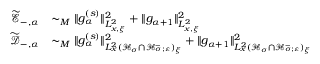
\begin{array} { r l } { \widetilde { \mathscr E } _ { - , \alpha } } & { \sim _ { M } \| g _ { \alpha } ^ { ( s ) } \| _ { L _ { x , \xi } ^ { 2 } } ^ { 2 } + \| g _ { \alpha + 1 } \| _ { L _ { x , \xi } ^ { 2 } } ^ { 2 } } \\ { \widetilde { \mathscr D } _ { - , \alpha } } & { \sim _ { M } \| g _ { \alpha } ^ { ( s ) } \| _ { L _ { x } ^ { 2 } ( \mathcal H _ { \sigma } \cap \mathcal H _ { \sigma ; \varepsilon } ^ { - } ) _ { \xi } } ^ { 2 } + \| g _ { \alpha + 1 } \| _ { L _ { x } ^ { 2 } ( \mathcal H _ { \sigma } \cap \mathcal H _ { \sigma ; \varepsilon } ^ { - } ) _ { \xi } } ^ { 2 } } \end{array}